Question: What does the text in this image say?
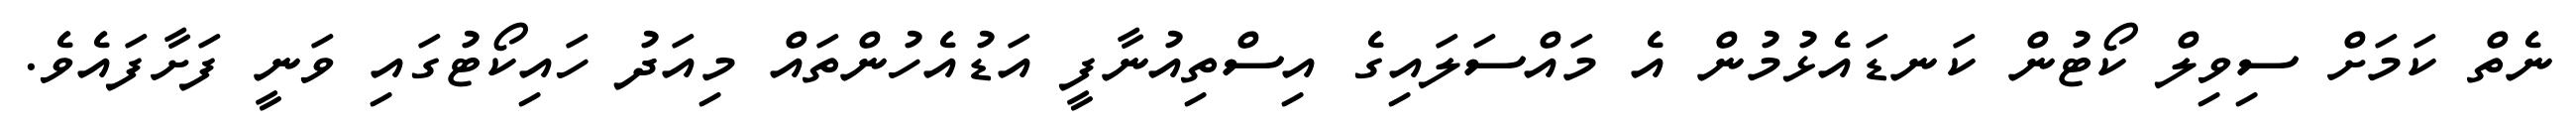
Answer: ނެތް ކަމަށް ސިވިލް ކޯޓުން ކަނޑައެޅުމުން އެ މައްސަލައިގެ އިސްތިއުނާފީ އަޑުއެހުންތައް މިއަދު ހައިކޯޓުގައި ވަނީ ފަށާފައެވެ.